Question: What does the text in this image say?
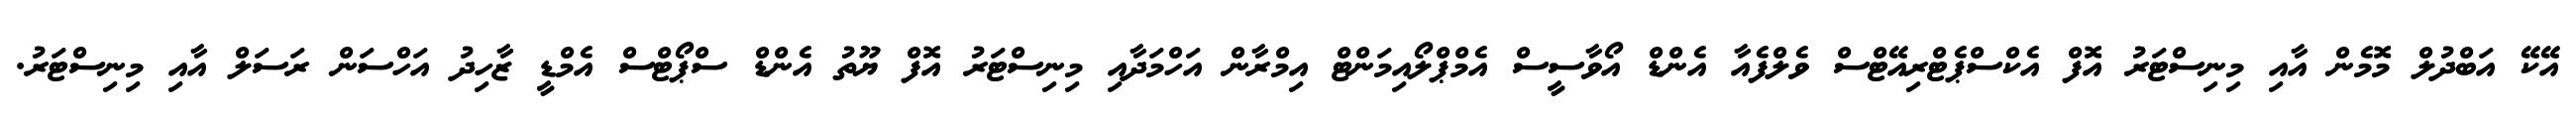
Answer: އޭކޭ އަބްދުލް މޮމެން އާއި މިނިސްޓަރު އޮފް އެކްސްޕެޓްރިއޭޓްސް ވެލްފެއާ އެންޑް އޯވާސީސް އެމްޕްލޯއިމަންޓް އިމްރާން އަހްމަދާއި މިނިސްޓަރު އޮފް ޔޫތު އެންޑް ސްޕޯޓްސް އެމްޑީ ޒާހިދު އަހްސަން ރަސަލް އާއި މިނިސްޓަރު.